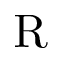
\mathrm { R }